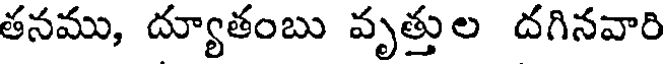
తనము, ద్యూతంబు వృత్తుల దగినవారి